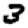
Digit: 3